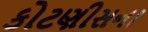
કોટણીસના